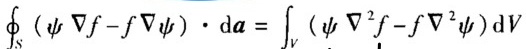
\[
\oint_{S} (\psi \nabla f - f \nabla \psi) \cdot \mathrm{d}\boldsymbol{a} = \int_{V} (\psi \nabla^{2} f - f \nabla^{2} \psi) \mathrm{d}V
\]